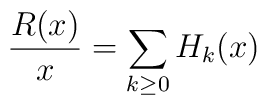
\frac{R(x)}{x}=\sum_{k\ge0} H_k(x)